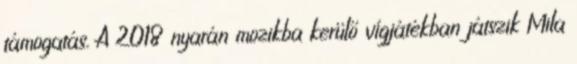
támogatás. A 2018 nyarán mozikba kerülő vígjátékban játszik Mila